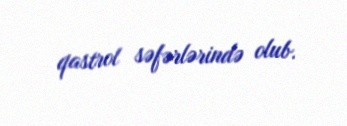
qastrol səfərlərində olub.